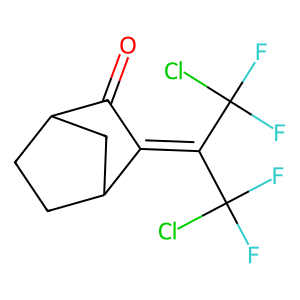
SMILES: O=C1C(=C(C(F)(F)Cl)C(F)(F)Cl)C2CCC1C2
Inhibits HIV replication: No